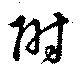
附